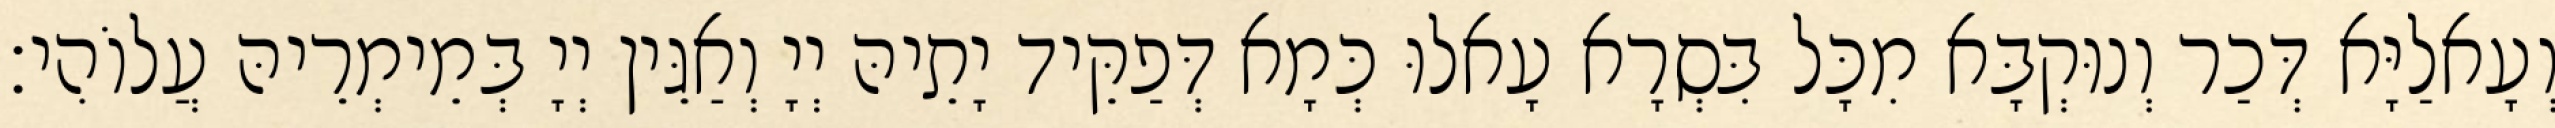
וְעָאלַיָּא דְּכַר וְנוּקְבָּא מִכָּל בִּסְרָא עָאלוּ כְּמָא דְּפַקֵּיד יָתֵיהּ יְיָ וְאַגֵּין יְיָ בְּמֵימְרֵיהּ עֲלוֹהִי׃